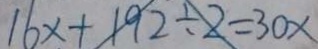
1 6 x + 1 9 2 \div 2 = 3 0 x